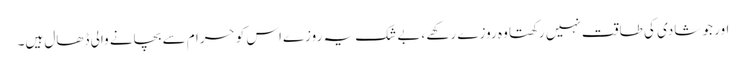
اور جو شادی کی طاقت نہیں رکھتا وہ روزے رکھے ،بے شک یہ روزےاس کو حرا م سے بچانے والی ڈھال ہیں۔